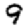
Digit: 9